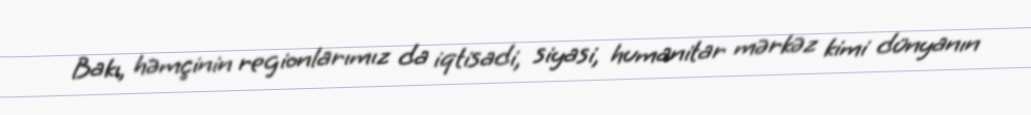
Bakı, həmçinin regionlarımız da iqtisadi, siyasi, humanitar mərkəz kimi dünyanın